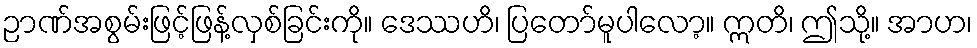
ဉာဏ်အစွမ်းဖြင့်ဖြန့်လှစ်ခြင်းကို။ ဒေဿဟိ၊ ပြတော်မူပါလော့။ ဣတိ၊ ဤသို့။ အာဟ၊